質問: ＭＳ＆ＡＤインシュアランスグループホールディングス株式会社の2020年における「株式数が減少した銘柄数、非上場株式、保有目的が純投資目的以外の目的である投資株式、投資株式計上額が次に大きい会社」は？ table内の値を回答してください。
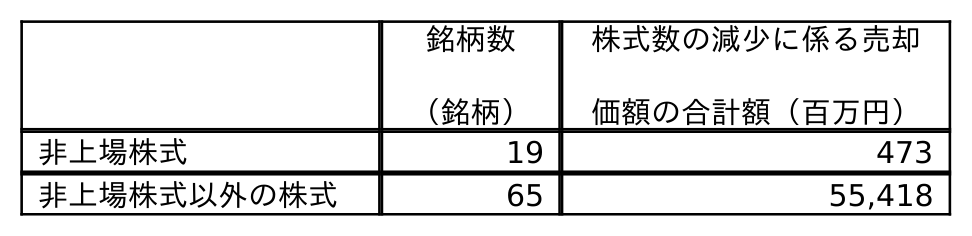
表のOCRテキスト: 銘柄数 （銘柄） 株式数の減少に係る売却 価額の合計額（百万円） 非上場株式 19 473 非上場株式以外の株式 65 55,418
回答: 19